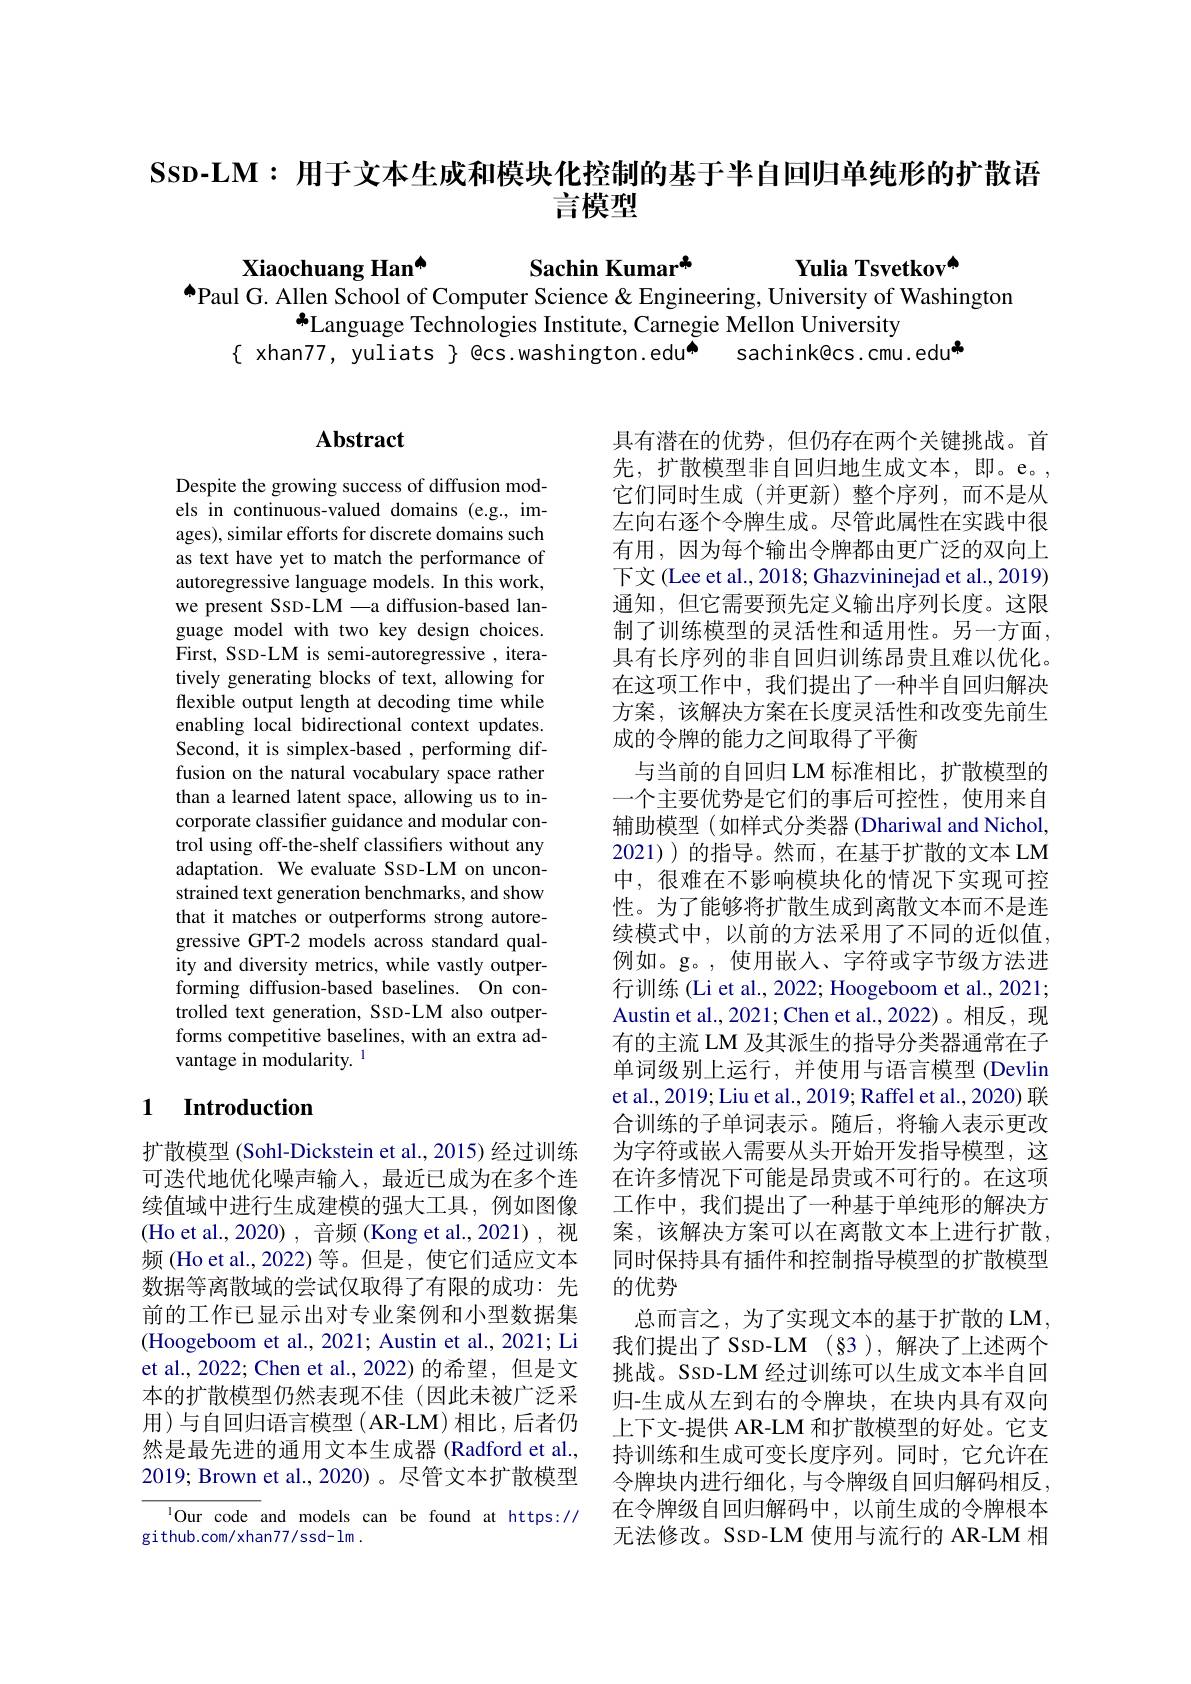
# Ssp-LM: 用于文本生成和模块化控制的基于半自回归单纯形的扩散语言模型

Sachin Kumar$^{\mathrm{s}}$
$^{\textcircled{\mathrm{a}}}$Paul G. Allen School of Computer Science & Engineering, University of Washington

Xiaochuang Han$^{\mathrm{o}}$
Yulia Tsvetkov$^{\mathrm{a}}$
$^{*}$Language Technologies Institute, Carnegie Mellon University
{ xhan77, yuliats } @cs.washington.edu$^{\tilde{\Phi}}$ sachink@cs.cmu.edu"

# Abstract

Despite the growing success of diffusion models in continuous-valued domains (e.g., images), similar efforts for discrete domains such as text have yet to match the performance of autoregressive language models. In this work, we present SSD-LM -a diffusion-based language model with two key design choices. First, SSD-LM is semi-autoregressive , iteratively generating blocks of text, allowing for flexible output length at decoding time while enabling local bidirectional context updates. Second, it is simplex-based , performing diffusion on the natural vocabulary space rather than a learned latent space, allowing us to incorporate classifier guidance and modular control using off-the-shelf classifers without any adaptation. We evaluate SSD-LM on unconstrained text generation benchmarks, and show that it matches or outperforms strong autoregressive GPT-2 models across standard quality and diversity metrics, while vastly outperforming diffusion-based baselines. On controlled text generation, SSD-LM also outperforms competitive baselines, with an extra advantage in modularity. $^{1}$

### 1 $\textbf{Introduction}$

扩散模型 (Sohl-Dickstein et al., 2015) 经过训练可迭代地优化噪声输入，最近已成为在多个连续值域中进行生成建模的强大工具，例如图像(Ho et al.,2020), 音频 (Kong et al.,2021),视频 (Ho et al.,2022) 等。但是，使它们适应文本数据等离散域的尝试仅取得了有限的成功：先前的工作已显示出对专业案例和小型数据集(Hoogeboom et al., 2021; Austin et al., 2021; Li et al., 2022; Chen et al., 2022) 的希望，但是文本的扩散模型仍然表现不佳(因此未被广泛采用)与自回归语言模型(AR-LM)相比，后者仍然是最先进的通用文本生成器 (Radford et al., 2019; Brown et al.,2020)。尽管文本扩散模型
$^{1}$Our code and models can be found at https://

github.com/xhan77/ssd-lm .

具有潜在的优势，但仍存在两个关键挑战。首先，扩散模型非自回归地生成文本，即。e。, 它们同时生成(并更新)整个序列，而不是从左向右逐个令牌生成。尽管此属性在实践中很有用，因为每个输出令牌都由更广泛的双向上下文(Lee et al., 2018; Ghazvininejad et al., 2019) 通知，但它需要预先定义输出序列长度。这限制了训练模型的灵活性和适用性。另一方面， 具有长序列的非自回归训练昂贵且难以优化。在这项工作中，我们提出了一种半自回归解决方案，该解决方案在长度灵活性和改变先前生成的令牌的能力之间取得了平衡
与当前的自回归 LM 标准相比，扩散模型的一个主要优势是它们的事后可控性，使用来自辅助模型(如样式分类器(Dhariwal and Nichol, 2021) 的指导。然而，在基于扩散的文本 LM 中，很难在不影响模块化的情况下实现可控性。为了能够将扩散生成到离散文本而不是连续模式中，以前的方法采用了不同的近似值， 例如。g。,使用嵌入、字符或字节级方法进行训练 (Li et al., 2022; Hoogeboom et al., 2021; Austin et al., 2021; Chen et al., 2022)。相反，现有的主流 LM 及其派生的指导分类器通常在子单词级别上运行，并使用与语言模型 (Devlin et al., 2019; Liu et al., 2019; Raffel et al., 2020) 联合训练的子单词表示。随后，将输入表示更改为字符或嵌入需要从头开始开发指导模型，这在许多情况下可能是昂贵或不可行的。在这项工作中，我们提出了一种基于单纯形的解决方案，该解决方案可以在离散文本上进行扩散， 同时保持具有插件和控制指导模型的扩散模型的优势
总而言之，为了实现文本的基于扩散的 LM 我们提出了SSD-LM(§3),解决了上述两个挑战。SSD-LM 经过训练可以生成文本半自回归-生成从左到右的令牌块，在块内具有双向上下文-提供 AR-LM 和扩散模型的好处。它支持训练和生成可变长度序列。同时，它允许在令牌块内进行细化，与令牌级自回归解码相反。在令牌级自回归解码中，以前生成的令牌根本无法修改。SSD-LM 使用与流行的 AR-LM 相